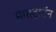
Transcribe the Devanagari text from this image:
मेगाट्राटॅन